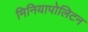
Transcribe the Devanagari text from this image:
मिनियापोलिटन